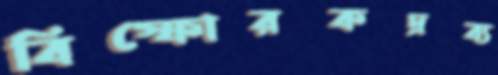
বিস্ফোরকদ্রব্য